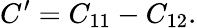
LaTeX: C^{\prime}=C_{11}-C_{12}.